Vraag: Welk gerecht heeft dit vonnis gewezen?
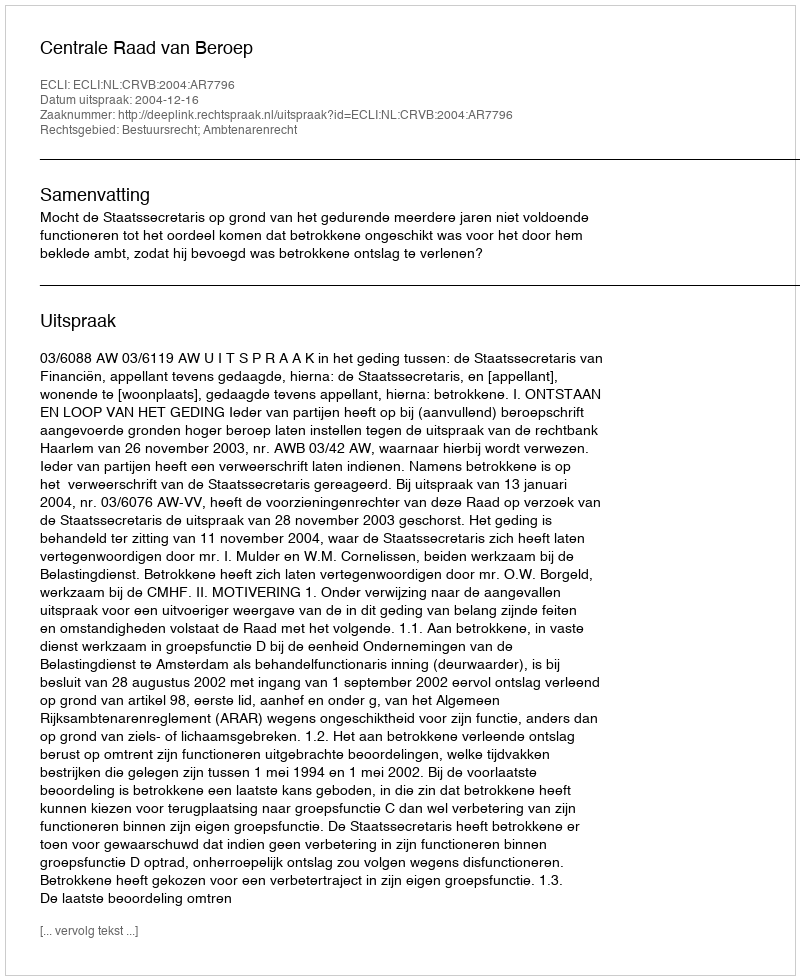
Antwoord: Centrale Raad van Beroep